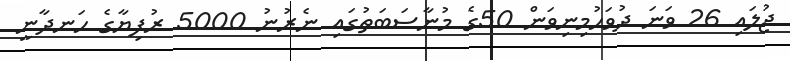
ޖުލައި 26 ވަނަ ދުވަހުމިނިވަން 50ގެ މުނާސަބަތުގައި ނެރުނު 5000 ރުފިޔާގެ ހަނދާނީ